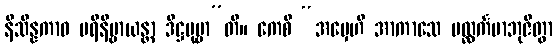
နိသိန္နကာဝ ပရိနိဗ္ဗာယန္တာ ဒိဋ္ဌပုဗ္ဗာ”တိ။ ကေစိ “အမှေဟိ အာကာသေ ပလ္လင်္ကမာဘုဇိတွာ